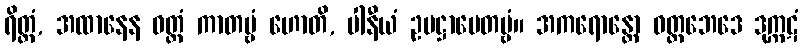
ရိတ္တံ, အထာနေန ဝတ္တံ ကာတဗ္ဗံ ဟောတိ, ပါနီယံ ဥပဋ္ဌာပေတဗ္ဗံ။ အကရောန္တော ဝတ္တဘေဒေ ဒုက္ကဋံ